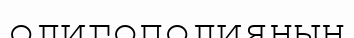
олигополияның